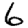
Digit: 6